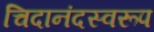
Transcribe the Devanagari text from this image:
चिदानंदस्वरूप